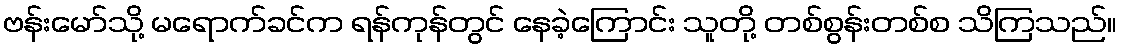
ဗန်းမော်သို့ မရောက်ခင်က ရန်ကုန်တွင် နေခဲ့ကြောင်း သူတို့ တစ်စွန်းတစ်စ သိကြသည်။